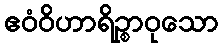
ဧဝံဝိဟာရိဉ္စာဝုသော